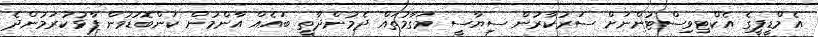
އެމްޑީޕީގެ އެކްޓިވިސްޓުންނަށް ސަރުކާރުން ސިޔާސީ މަގާމުތައް ދެމުންދާތީ ބައެއް އާންމުން ކަންބޮޑުވުން ފާޅުކުރަމުންދެ